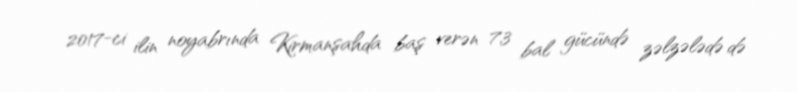
2017-ci ilin noyabrında Kirmanşahda baş verən 7,3 bal gücündə zəlzələdə də